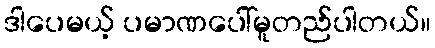
ဒါပေမယ့် ပမာဏပေါ်မူတည်ပါတယ်။